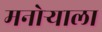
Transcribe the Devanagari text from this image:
मनोऱ्याला